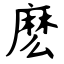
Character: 麽